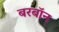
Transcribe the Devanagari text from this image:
बरबॉन